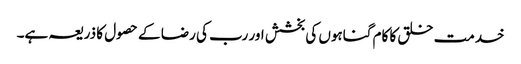
خدمت خلق کا کام گناہوں کی بخشش اور رب کی رضا کے حصول کا ذریعہ ہے۔